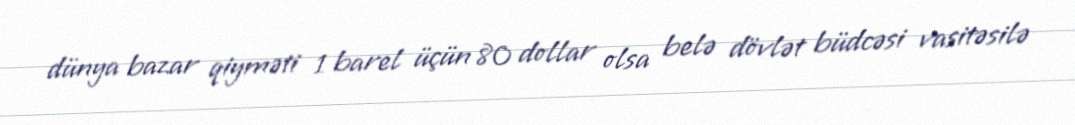
dünya bazar qiyməti 1 barel üçün 80 dollar olsa belə dövlət büdcəsi vasitəsilə